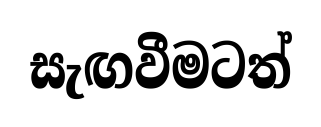
සැඟවීමටත්